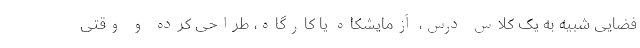
فضایی شبیه به یک کلاس درس، آزمایشکاه یا کارگاه، طراحی کرده و وقتی